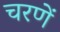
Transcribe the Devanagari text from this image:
चरणें